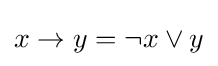
{\textstyle x\rightarrow y=\neg {x}\vee y}